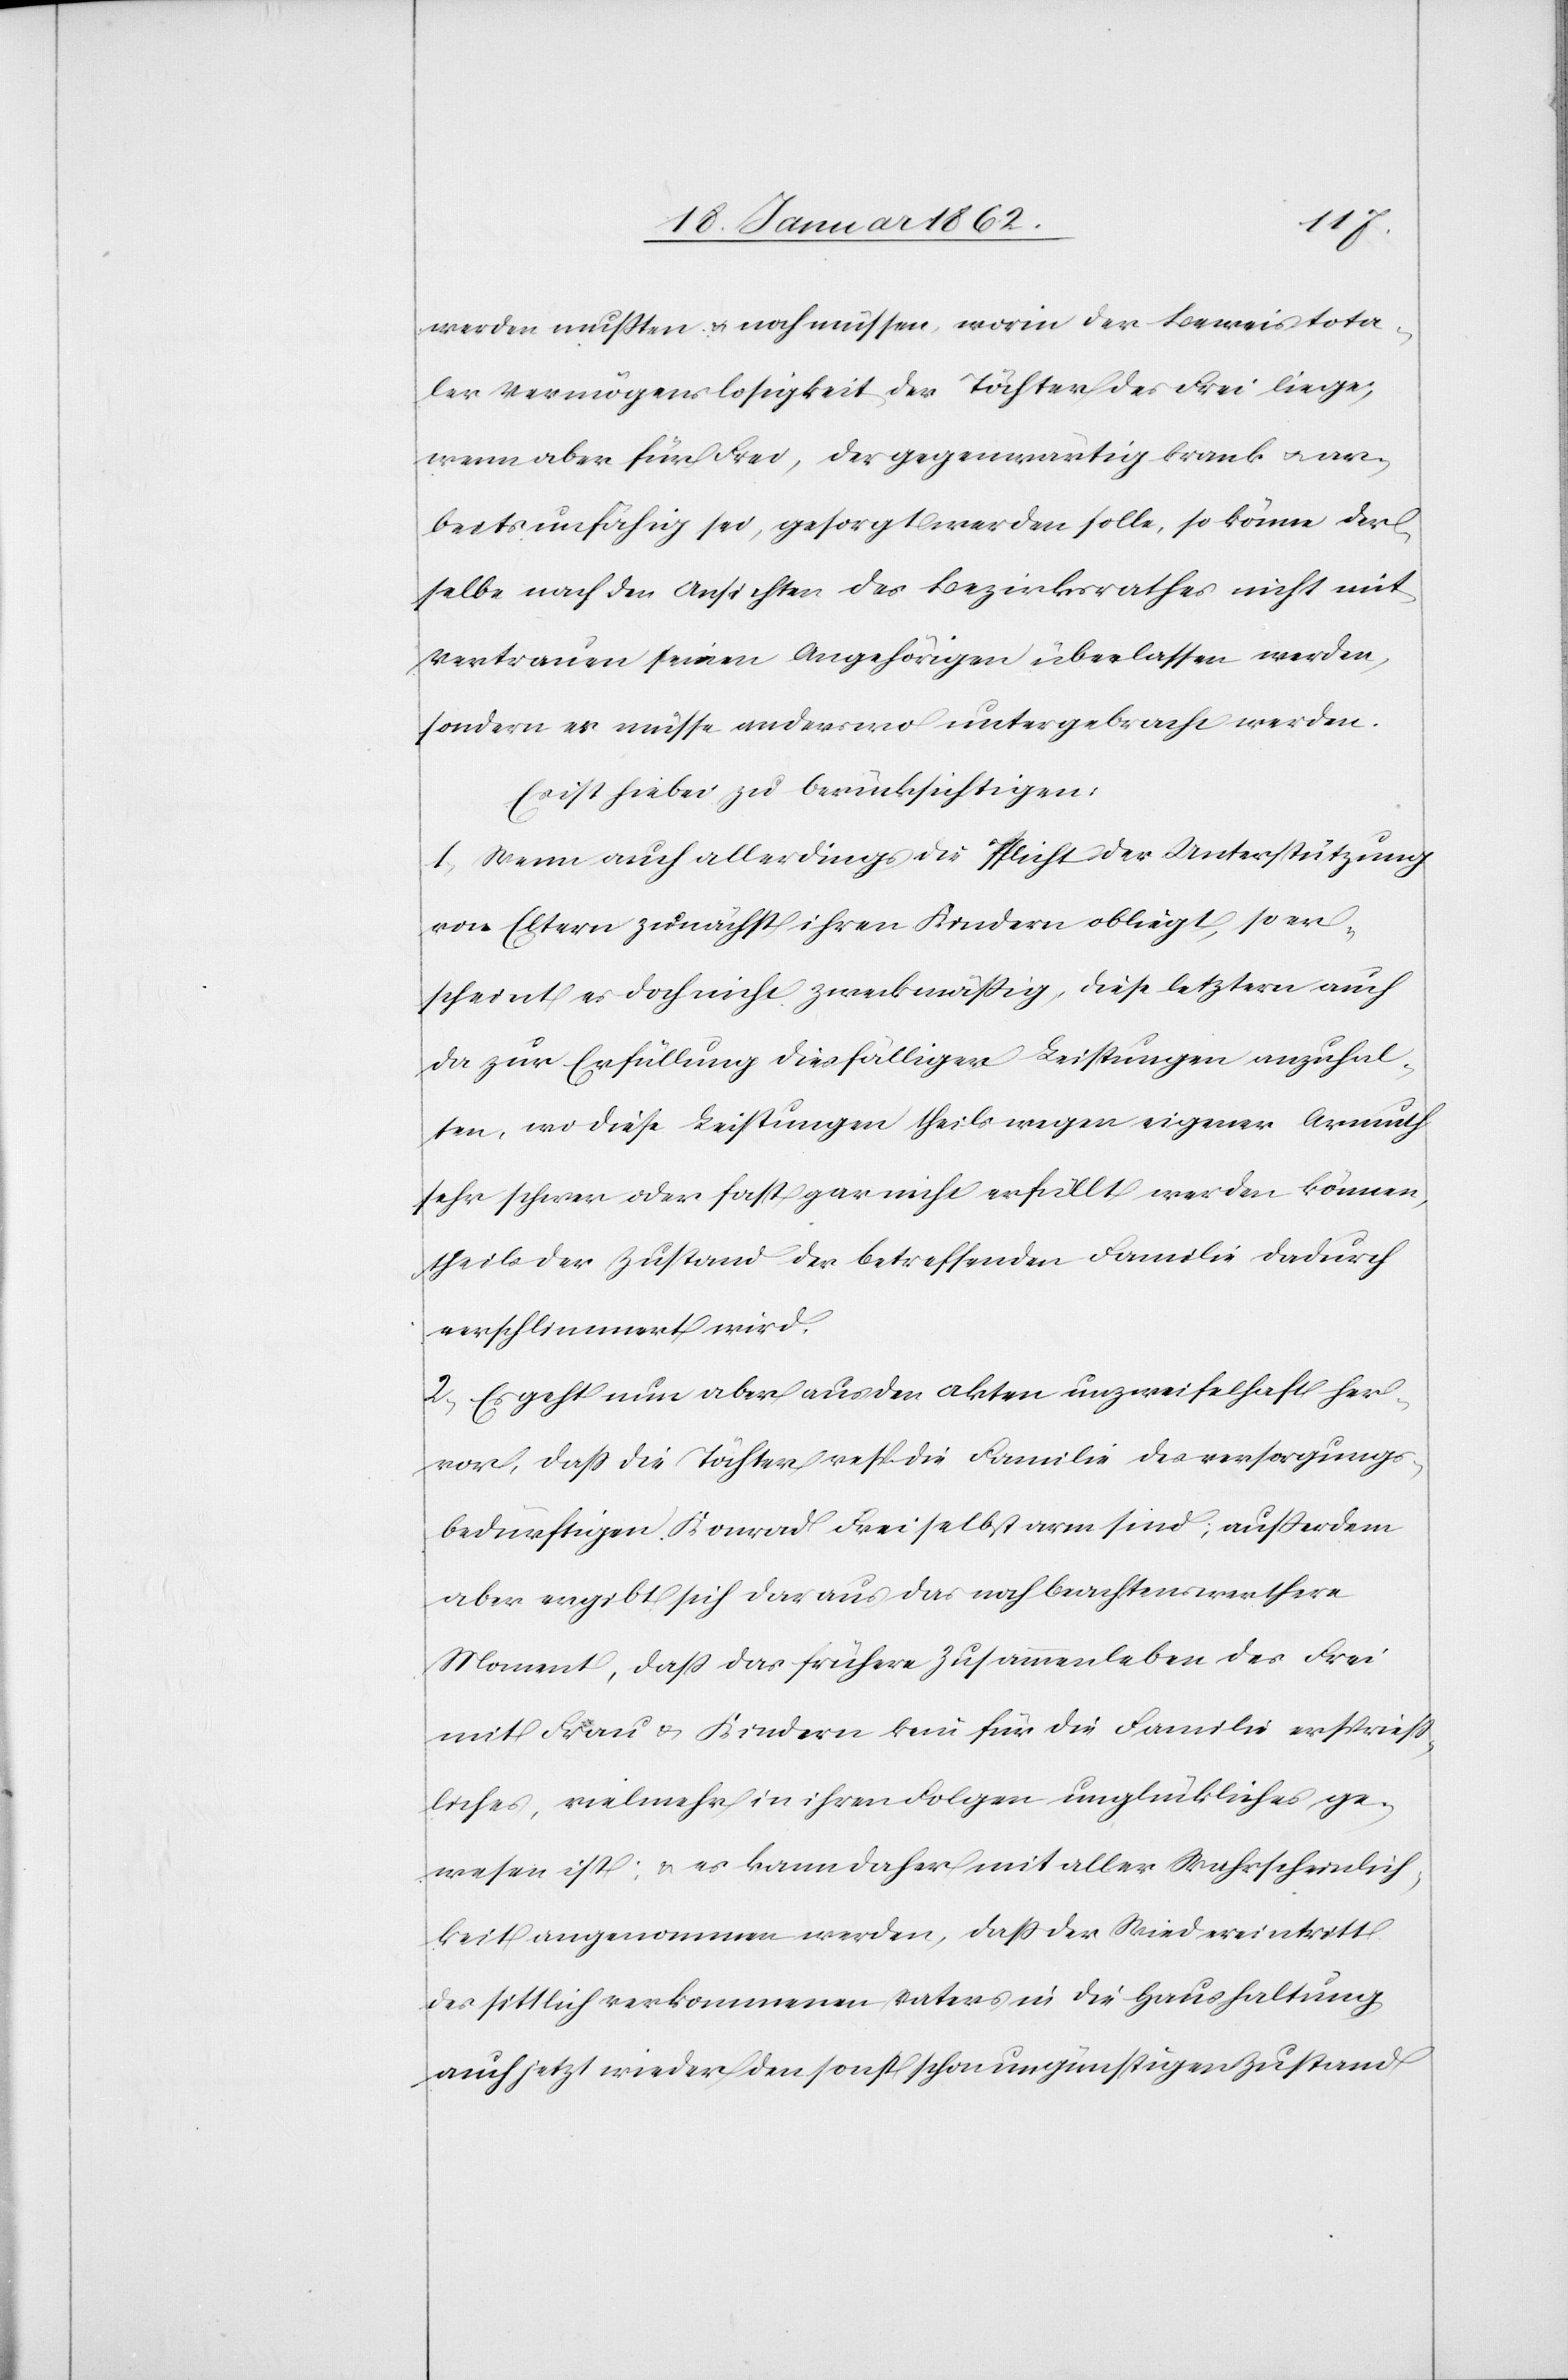
werden mußten u. noch müssen, worin der Beweis tota¬
ler Vermögenslosigkeit der Töchter des Frei liege;
wenn aber für Frei, der gegenwärtig krank u. ar¬
beitsunfähig sei, gesorgt werden solle, so könne der¬
selbe nach den Ansichten des Bezirksrathes nicht mit
Vertrauen seinen Angehörigen überlassen werden,
sondern er müsse anderswo untergebracht werden.
Es ist hiebei zu berücksichtigen:
1) Wenn auch allerdings die Pflicht der Unterstützung
von Eltern zunächst ihren Kindern obliegt, so er¬
scheint es doch nicht zweckmäßig, diese letztern auch
da zur Erfüllung diesfälliger Leistungen anzuhal¬
ten, wo diese Leistungen theils wegen eigener Armuth
sehr schwer oder fast gar nicht erfüllt werden können,
theils der Zustand der betreffenden Familie dadurch
verschlimmert wird.
2) Es geht nun aber aus den Akten unzweifelhaft her¬
vor, daß die Töchter resp. die Familie des versorgungs¬
bedürftigen Konrad Frei selbst arm sind; außerdem
aber ergibt sich daraus das noch beachtenswerthere
Moment, daß das frühere Zusammenleben des Frei
mit Frau u. Kindern kein für die Familie ersprieß¬
liches, vielmehr in ihren Folgen unglückliches ge¬
wesen ist; u. es kann daher mit aller Wahrscheinlich¬
keit angenommen werden, daß der Wiedereintritt
des sittlich verkommenen Vaters in die Haushaltung
auch jetzt wieder den sonst schon ungünstigen Zustand